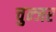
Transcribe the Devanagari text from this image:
चुन्जर